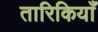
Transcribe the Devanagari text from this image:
तारिकियाँ